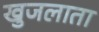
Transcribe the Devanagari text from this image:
खुजलाता